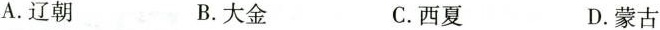
A.辽朝B.大金C.西夏D.蒙古